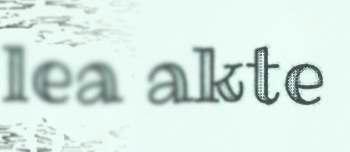
lea akte